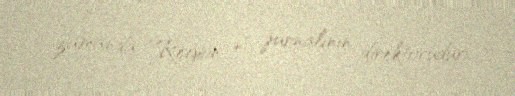
zamanda “Region +” jurnalının direktorudur.